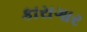
કારાગાર